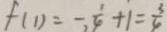
f ( 1 ) = - , \frac { 1 } { 4 } + 1 = \frac { 3 } { 4 }